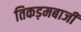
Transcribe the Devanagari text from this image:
तिकड़मबाजी